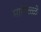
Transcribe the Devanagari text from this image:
मापिळ्ळे